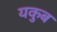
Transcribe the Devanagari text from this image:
यकुब